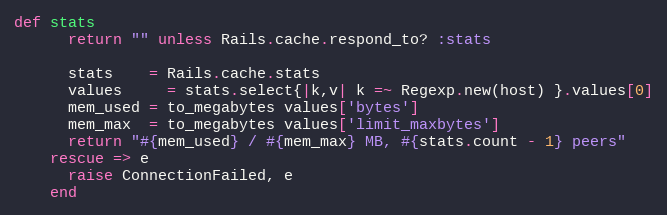
Language: Ruby
def stats
      return "" unless Rails.cache.respond_to? :stats

      stats    = Rails.cache.stats
      values     = stats.select{|k,v| k =~ Regexp.new(host) }.values[0]
      mem_used = to_megabytes values['bytes']
      mem_max  = to_megabytes values['limit_maxbytes']
      return "#{mem_used} / #{mem_max} MB, #{stats.count - 1} peers"
    rescue => e
      raise ConnectionFailed, e
    end